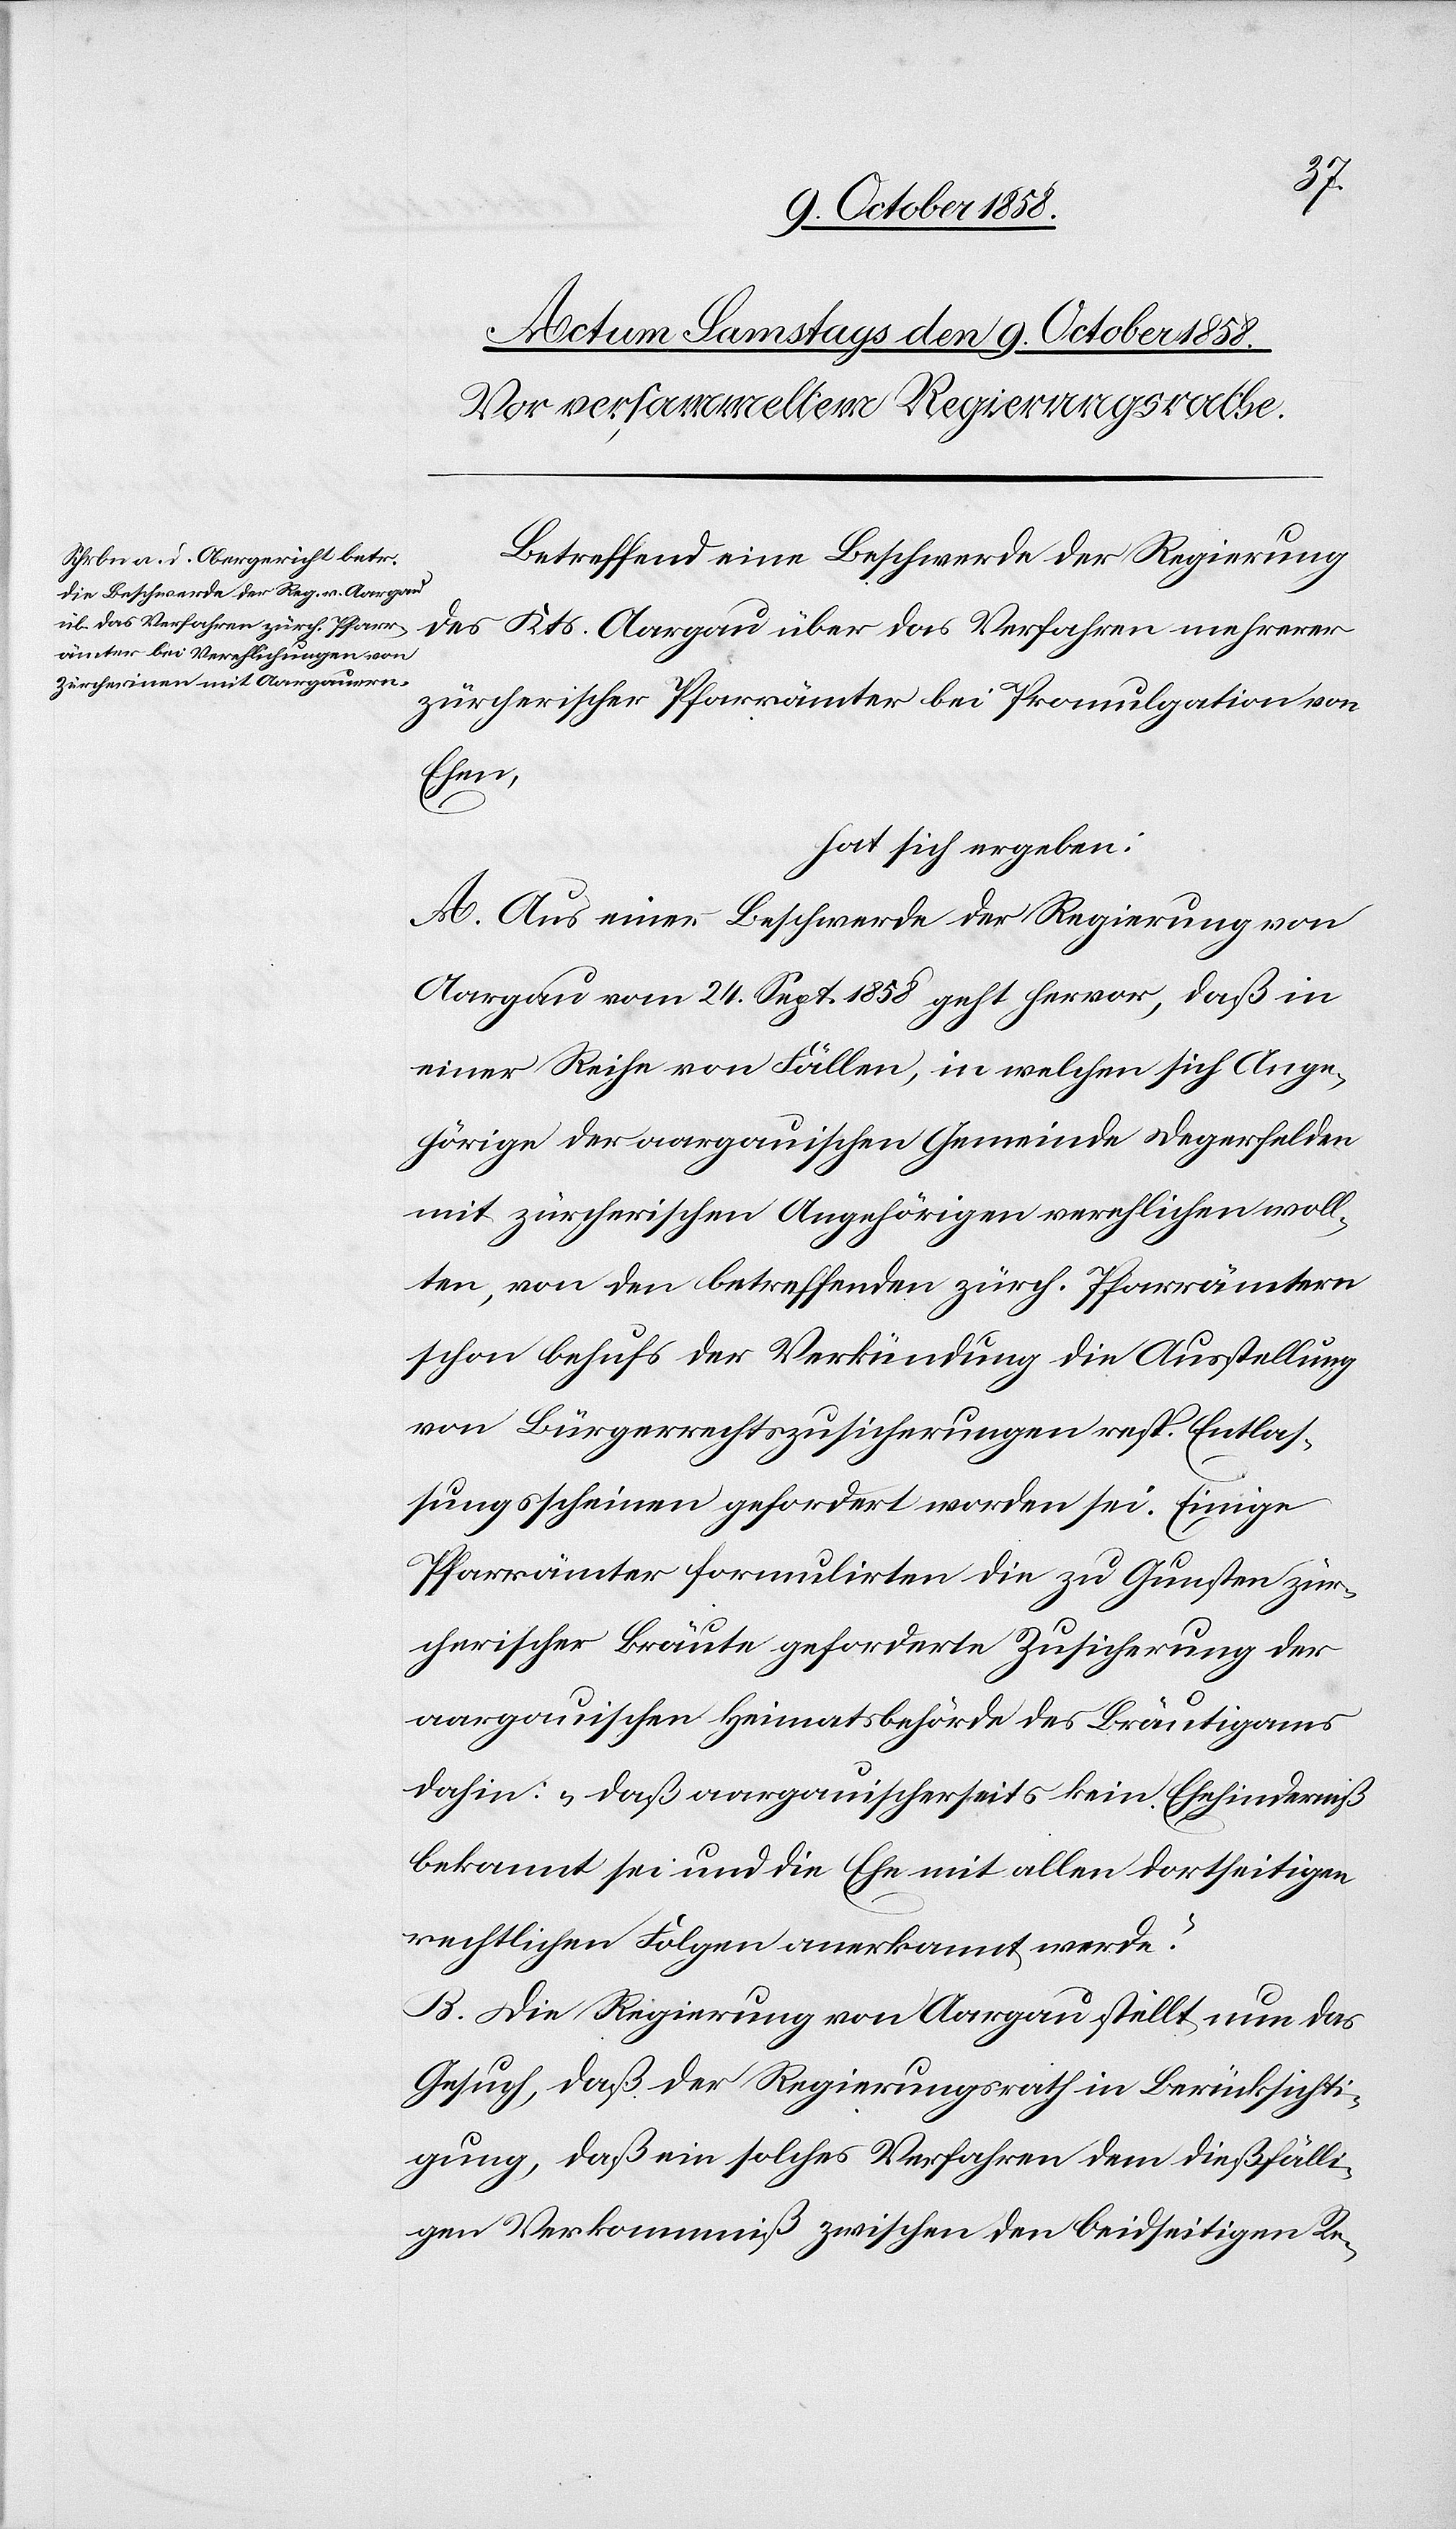
Betreffend eine Beschwerde der Regierung
des Kts. Aargau über das Verfahren mehrerer
zürcherischer Pfarrämter bei Promulgation von
Ehen,
hat sich ergeben:
A. Aus einer Beschwerde der Regierung von
Aargau vom 24. Sept. 1858 geht hervor, daß in
einer Reihe von Fällen, in welchen sich Ange¬
hörige der aargauischen Gemeinde Degerfelden
mit zürcherischen Angehörigen verehlichen woll¬
ten, von den betreffenden zürch. Pfarrämtern
schon behufs der Verkündung die Ausstellung
von Bürgerrechtszusicherungen resp. Entlas¬
sungsscheinen gefordert worden sei. Einige
Pfarrämter formulirten die zu Gunsten zür¬
cherischer Bräute geforderte Zusicherung der
aargauischen Heimatsbehörde des Bräutigams
dahin: „daß aargauischerseits kein Ehehinderniß
bekannt sei und die Ehe mit allen dortseitigen
rechtlichen Folgen anerkannt werde.“
B. Die Regierung von Aargau stellt nun das
Gesuch, daß der Regierungsrath in Berücksichti¬
gung, daß ein solches Verfahren dem dießfälli¬
gen Verkommniß zwischen den beidseitigen Re-